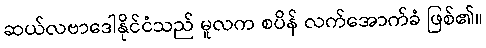
ဆယ်လဗာဒေါနိုင်ငံသည် မူလက စပိန် လက်အောက်ခံ ဖြစ်၏။